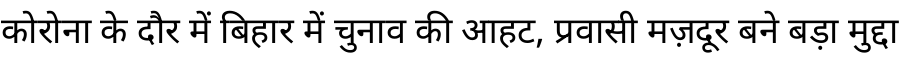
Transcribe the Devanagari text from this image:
कोरोना के दौर में बिहार में चुनाव की आहट, प्रवासी मज़दूर बने बड़ा मुद्दा